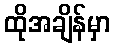
ထိုအချိန်မှာ